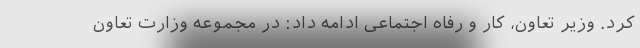
کرد. وزیر تعاون، کار و رفاه اجتماعی ادامه داد: در مجموعه وزارت تعاون